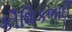
કૌશિકભાઈ